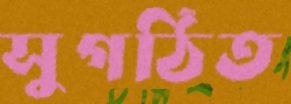
সুগঠিত